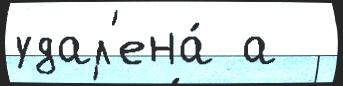
удал'ена́ а